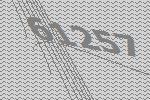
61257